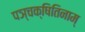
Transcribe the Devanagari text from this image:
पञ्चक्षितिनाम्